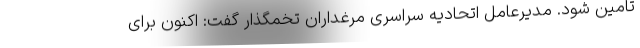
تامین شود. مدیرعامل اتحادیه سراسری مرغداران تخمگذار گفت: اکنون برای